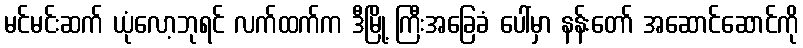
မင်မင်းဆက် ယုံလော့ဘုရင် လက်ထက်က ဒီမြို့ ကြီးအခြေခံ ပေါ်မှာ နန်းတော် အဆောင်ဆောင်ကို